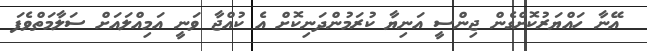
އޭނާ ހައްޔަރުކޮށްގެން ޖިންސީ އަނިޔާ ކުރަމުންދަނިކޮށް އެ ކުއްޖާ ވަނީ އަމިއްލައަށް ސަލާމަތްވެފަ